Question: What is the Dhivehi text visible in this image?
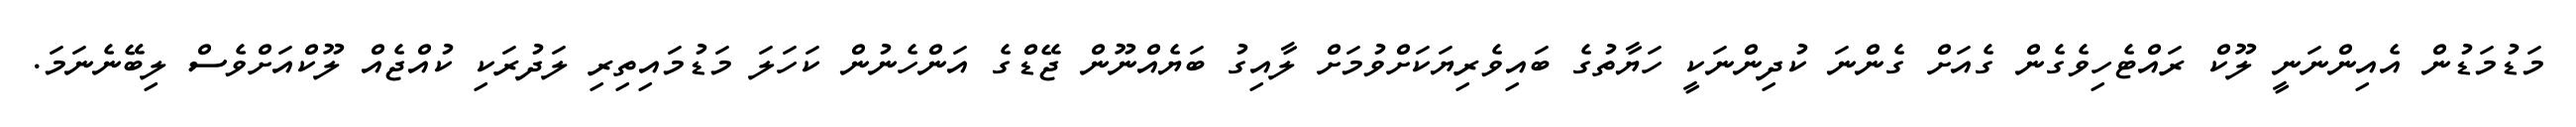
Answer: މަޑުމަޑުން އެއިންނަނީ ލޫކް ރައްޓެހިވެގެން ގެއަށް ގެންނަ ކުދިންނަކީ ހަޔާތުގެ ބައިވެރިޔަކަށްވުމަށް ލާއިގު ބަޔެއްނޫން ޖޭޑްގެ އަންހެނުން ކަހަލަ މަޑުމައިތިރި ލަދުރަކި ކުއްޖެއް ލޫކްއަށްވެސް ލިބޭނެނަމަ.